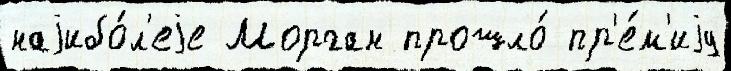
наjибо́л'еjе Морган прошло́ пр'е́м'иjу